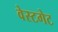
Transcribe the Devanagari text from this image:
वेस्टगेट